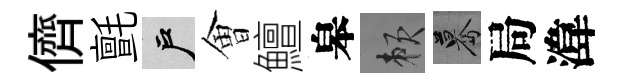
儕氈户㑹鱣皋賴驀局湋